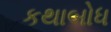
કથાબોધ